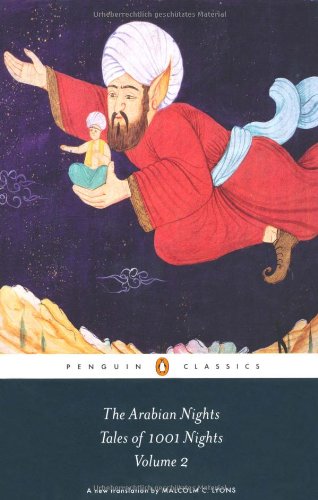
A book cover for The Arabian Nights: Tales of 1,001 Nights: Volume 2 (Penguin Classics); Anonymous; Literature & Fiction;